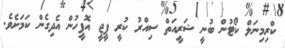
ކްރިމިނަލް ކޯޓުން ބުނީ ޝަރީއަތް ސިއްރު ކުރީ ޕީޖީ އޮފީހުން އެދިގެން ކަމަށެވެ.